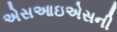
એસઆઇએસની